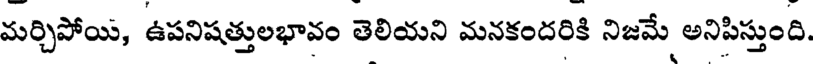
మర్చిపోయి, ఉపనిషత్తులభావం తెలియని మనకందరికి నిజమే అనిపిస్తుంది.